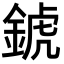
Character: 錿